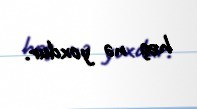
heç nə yoxdur.